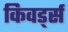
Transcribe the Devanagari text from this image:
किवर्ड्स